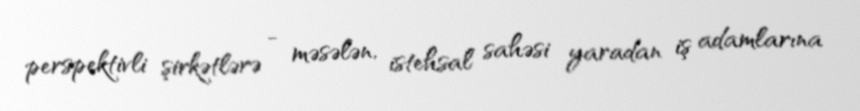
perspektivli şirkətlərə - məsələn, istehsal sahəsi yaradan iş adamlarına